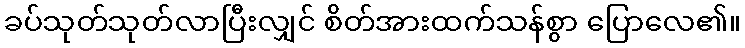
ခပ်သုတ်သုတ်လာပြီးလျှင် စိတ်အားထက်သန်စွာ ပြောလေ၏။